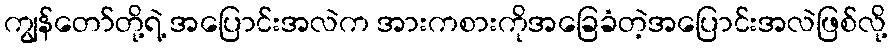
ကျွန်တော်တို့ရဲ့ အပြောင်းအလဲက အားကစားကိုအခြေခံတဲ့အပြောင်းအလဲဖြစ်လို့